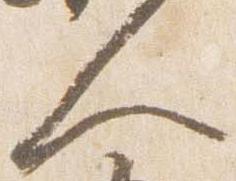
人